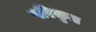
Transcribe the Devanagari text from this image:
परिकृत